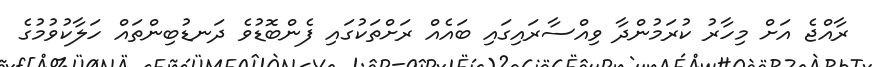
ރާއްޖެ އަށް މިހާރު ކުރަމުންދާ ވިއްސާރައިގައި ބައެއް ރަށްތަކުގައި ފެންބޮޑުވެ ދަނޑުބިންތައް ހަލާކުވުމުގެ